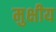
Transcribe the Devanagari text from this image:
मुक्षीय